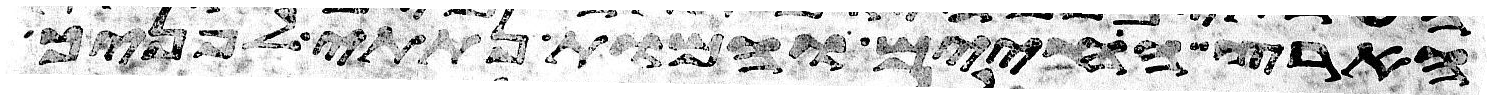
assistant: הארץ החיים והמות נתתי לפניך